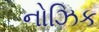
નોઝિક